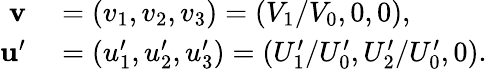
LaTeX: \begin{array}{rl}{\mathbf{v}}&{{}=(v_{1},v_{2},v_{3})=(V_{1}/V_{0},0,0),}\\ {\mathbf{u^{\prime}}}&{{}=(u_{1}^{\prime},u_{2}^{\prime},u_{3}^{\prime})=(U_{1}^{\prime}/U_{0}^{\prime},U_{2}^{\prime}/U_{0}^{\prime},0).}\end{array}